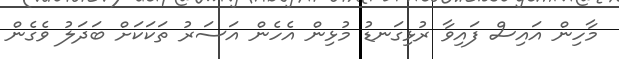
މާހިން އައިސް ފައިވާ ރުޅިގަނޑު މުޅިން އެހެން އަސަރު ތަކަކަށް ބަދަލު ވެގެން